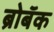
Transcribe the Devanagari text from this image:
ब्रोबॅक